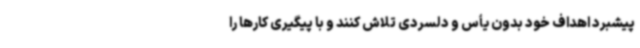
پیشبرد اهداف خود بدون یأس و دلسردی تلاش کنند و با پیگیری کارها را